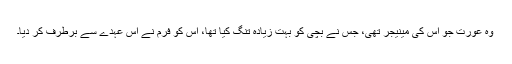
وہ عورت جو اس کی مینیجر تھی، جس نے بچی کو بہت زیادہ تنگ کیا تھا، اُس کو فرم نے اُس عہدے سے برطرف کر دیا۔